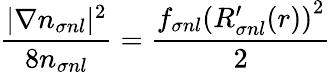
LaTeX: \frac{|\nabla n_{\sigma nl}|^{2}}{8n_{\sigma nl}}=\frac{f_{\sigma nl}\left(R_{\sigma nl}^{\prime}(r)\right)^{2}}{2}